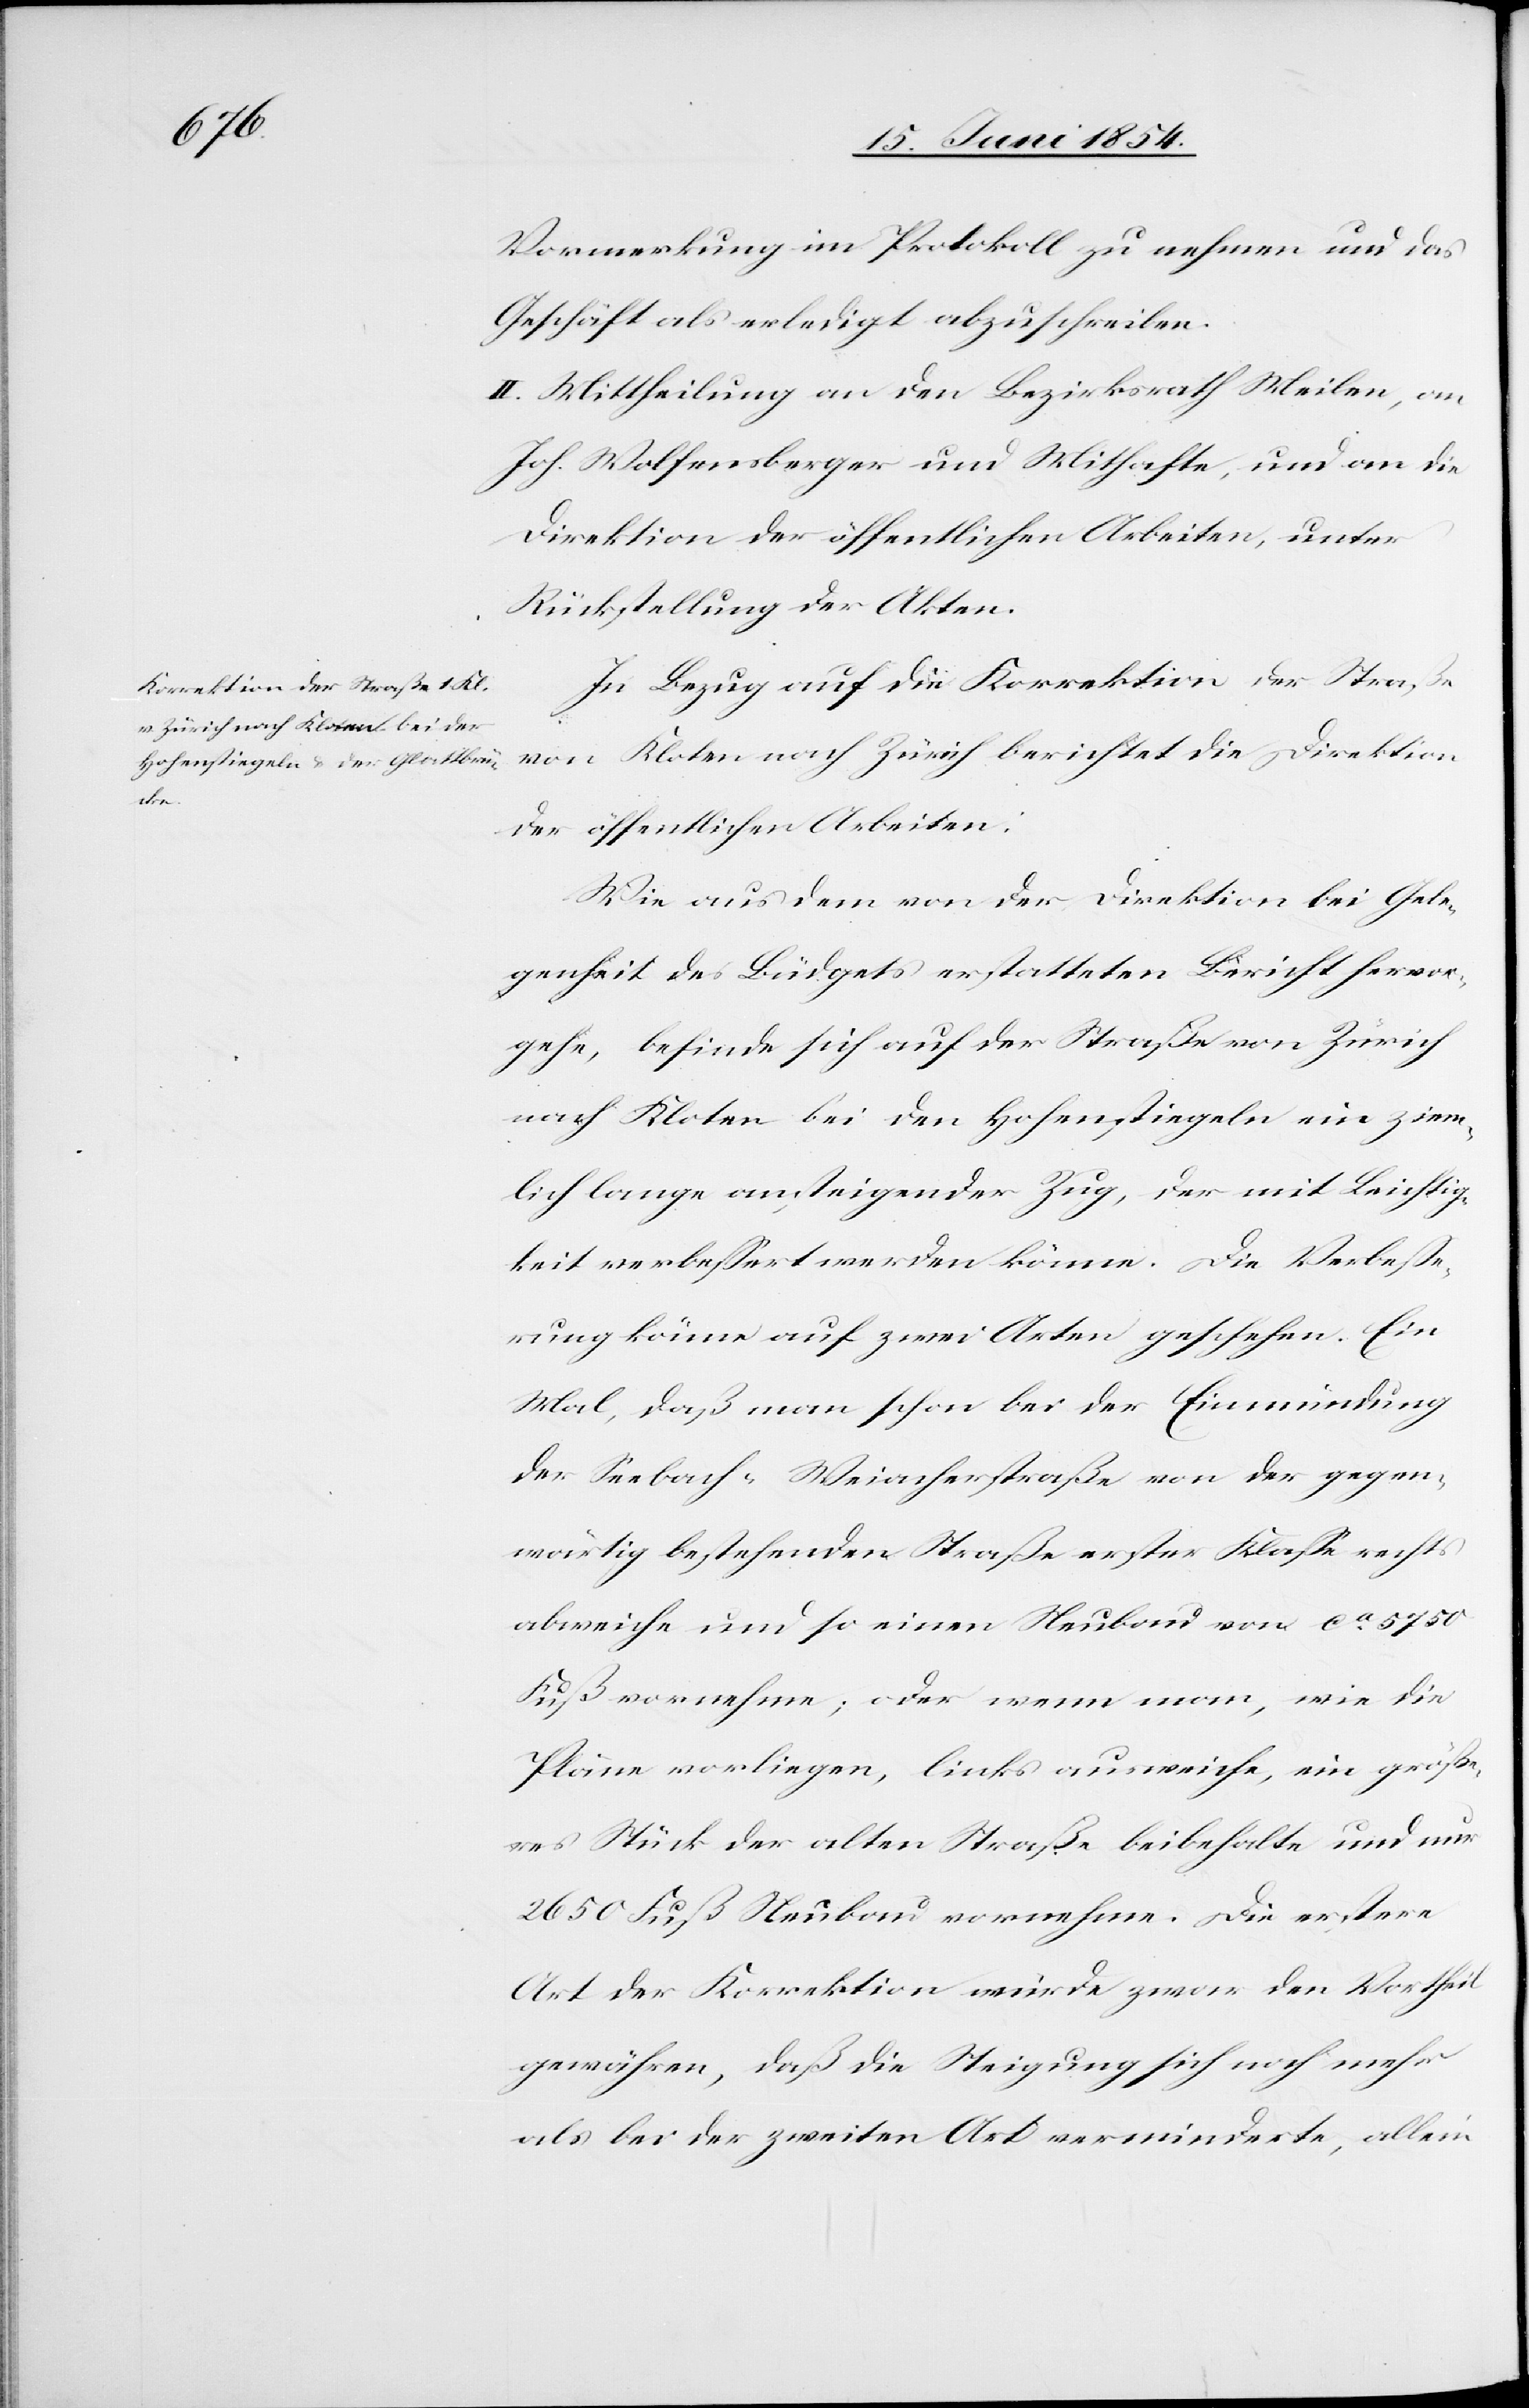
Vormerkung im Protokoll zu nehmen und das
Geschäft als erledigt abzuschreiben.
II. Mittheilung an den Bezirksrath Meilen, an
Joh. Wolfensberger und Mithafte, und an die
Direktion der öffentlichen Arbeiten, unter
Rückstellung der Akten.
In Bezug auf die Korrektion der Straße
von Kloten nach Zürich berichtet die Direktion
der öffentlichen Arbeiten:
Wie aus dem von der Direktion bei Gele¬
genheit des Büdgets erstatteten Bericht hervor¬
gehe, befinde sich auf der Straße von Zürich
nach Kloten bei den Hohenstiegeln ein ziem¬
lich lange ansteigender Zug, der mit Leichtig¬
keit verbeßert werden könne. Die Verbeße¬
rung könne auf zwei Arten geschehen. Ein
Mal, daß man schon bei der Einmündung
der Seebach-Weiacherstraße von der gegen¬
wärtig bestehenden Straße erster Klaße rechts
abweiche und so einen Neubau von ca 5750
Fuß vornehme; oder wenn man, wie die
Pläne vorliegen, links ausweiche, ein größe¬
res Stück der alten Straße beibehalte und nur
2650 Fuß Neubau vornehme. Die erstere
Art der Korrektion würde zwar den Vortheil
gewähren, daß die Steigung sich noch mehr
als bei der zweiten Art verminderte, allein